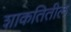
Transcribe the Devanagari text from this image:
शाकतितील